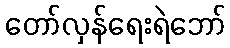
တော်လှန်ရေးရဲဘော်